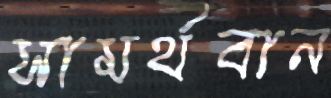
সামর্থবান